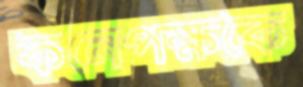
কনেপক্ষকে